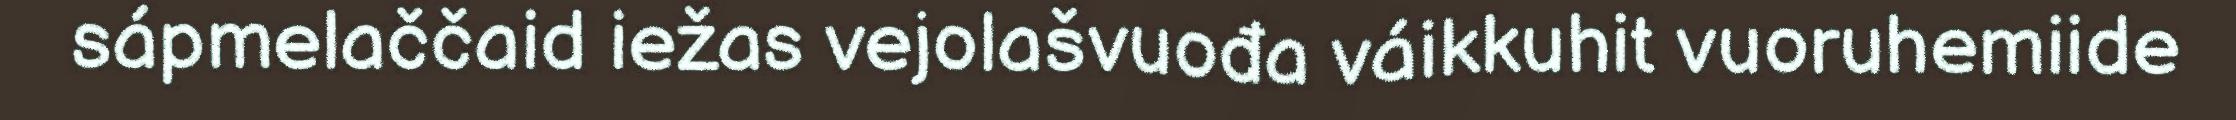
sápmelaččaid iežas vejolašvuođa váikkuhit vuoruhemiide